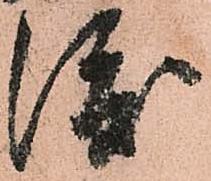
渡